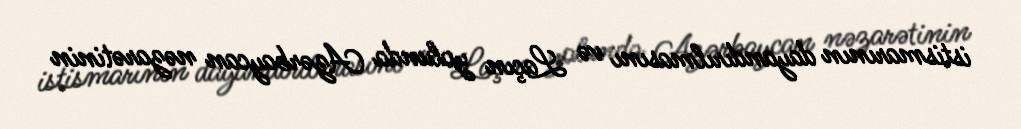
istismarının dayandırılmasını və Laçın yolunda Azərbaycan nəzarətinin